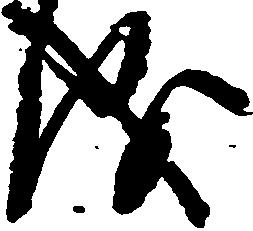
儀